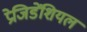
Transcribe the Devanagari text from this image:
प्रेजिडेंशियल